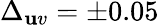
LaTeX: \Delta_{\mathbf{u}v}=\pm0.05